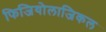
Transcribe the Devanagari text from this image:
फिजियोलाजिकल